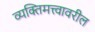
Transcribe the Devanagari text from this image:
व्यक्तिमत्त्वावरील